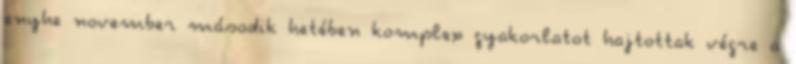
enyhe november második hetében komplex gyakorlatot hajtottak végre a